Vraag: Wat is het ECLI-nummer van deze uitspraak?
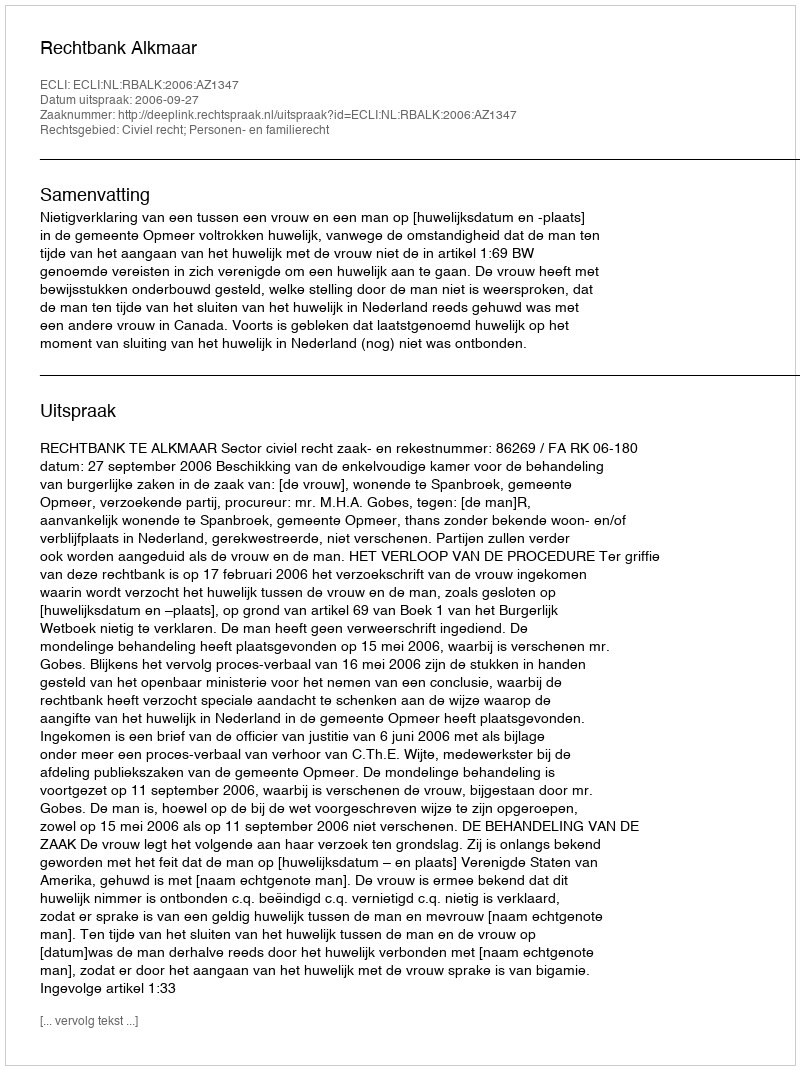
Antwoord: ECLI:NL:RBALK:2006:AZ1347